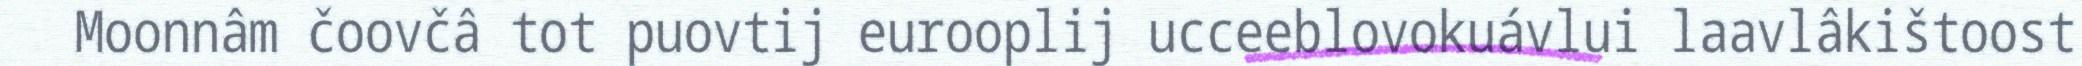
Moonnâm čoovčâ tot puovtij eurooplij ucceeblovokuávlui laavlâkištoost